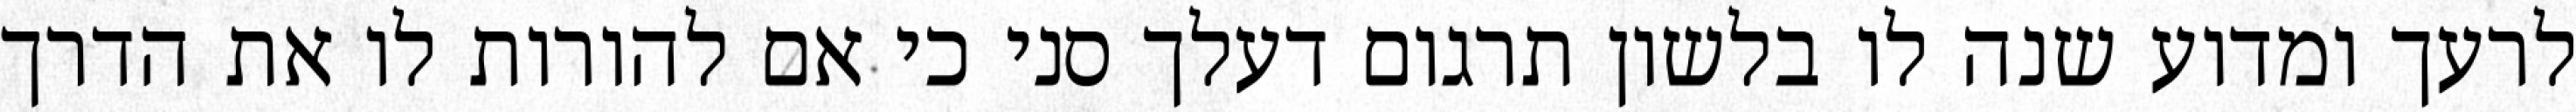
לרעך ומדוע שנה לו בלשון תרגום דעלך סני כי אם להורות לו את הדרך